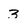
Character: 3